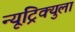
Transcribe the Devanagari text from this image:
न्यूट्रिक्युला